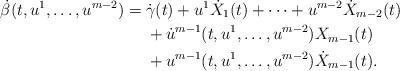
LaTeX: \begin{align*}\dot{\beta}(t, u^{1}, \dotsc, u^{m-2}) = {} & \dot{\gamma}(t) + u^{1} \dot{X}_{1}(t) + \dotsb + u^{m-2} \dot{X}_{m-2}(t)\\&+ \dot{u}^{m-1}(t, u^{1}, \dotsc, u^{m-2}) X_{m-1}(t)\\&+ u^{m-1}(t, u^{1}, \dotsc, u^{m-2}) \dot{X}_{m-1}(t).\end{align*}